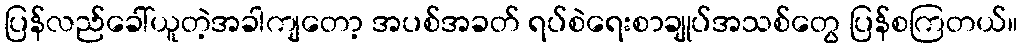
ပြန်လည်ခေါ်ယူတဲ့အခါကျတော့ အပစ်အခတ် ရပ်စဲရေးစာချုပ်အသစ်တွေ ပြန်စကြတယ်။